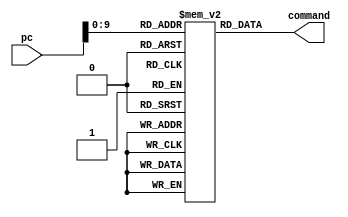

// memory[7] = 32'b000100,00000,00010,00110,00000100010;  // sample
module memoryInstructor (input [31:0]pc,output [31:0]command);
  reg[31:0] memory[0:1023];
  initial begin
		// without any hazard 
		// memory[0] = 32'b10001100000000010000000000000000;  // ld R0 R1 0
		// memory[4] = 32'b10001100000000100000000000000001; // ld R0 R2 1
		// memory[8] = 32'b10001100000000110000000000000010;  // ld R0 R3 2
		// memory[12] = 32'b10001100001001000000000000000010;  // ld R1 R4 2
		// memory[16] = 32'b00000000001000100010100000100000;  // Add R1 R2 R5
		// memory[20] = 32'b00000000011000100011000000100010;  // sub R3 R2 R6
		// memory[24] = 32'b00000000001000100011100000101010;  // slt R1 R2 R7
		// // memory[7] = 32'b00010000000000100011000000100010;  // beg R0 R2 ??		should not jump
		// memory[32] = 32'b00010100000000100000000000000010;  // bne R0 R2 36 			 has to jump
		// memory[28] = 32'b00010000000000100000000000000010;  // bne R0 R2 36 			 should not  jump
		// memory[44] = 32'b11111100000000100011000000100010;  // nop
		// memory[48] = 32'b10101100000001110000000000010010;  // sw R0 R5 17

		// // just forwarding unit 
		// memory[52] = 32'b00000000001000110001000000100010;  // sub R1 R3 R2 ==-15
		// memory[56] = 32'b00000000010001010110000000100100;  // and R2 R5 R12 == -1
		// memory[60] = 32'b00000000110000100110100000100101;  // or R6 R2 R13 == -11
		// memory[64] = 32'b00000000010000100111000000100000;  // add R2 R2 R14 == -30
		// memory[68] = 32'b10101100010011110000000000011000;  // sw R2 R15 24  == mem[9] = R15

		// // hazard unit
		// memory[72] = 32'b10001100001000100000000000010000;  // lw R1 R2 16 == R2 = mem[26] = 59
		// memory[76] = 32'b00000000010001011000000000100000;  // add R2 R5 R16 = 74
		// memory[80] = 32'b00000001100000101000100000100101;  // or R12 R2 R17 = 58

		//***********************************************************************************************************
		//finding maximum number in an array
		// memory[0] = 32'b10001100000000100000001111100111; // load size of array from memory[999]
		// memory[4] = 32'b00000000000000000001100000100000; // set R3 to zero , R3 counts array
		// memory[8] = 32'b00000000000000000010000000100000; // set R4 to zero , R4 holds maximum number 
		// memory[12] = 32'b11111100000000000000000000000000; // nop
		// memory[16] = 32'b00010000010000110000000000001000; // beq if R3 == R2 to end of commands
		// memory[20] = 32'b10001100011001100000001111101000; // load array[R3 + 1000] in R6
		// memory[24] = 32'b00000000100001100010100000101010; // set R5 to 1 if R4 < R6
		// memory[28] = 32'b11111100000000000000000000000000; // nop
		// memory[32] = 32'b11111100000000000000000000000000; // nop
		// memory[36] = 32'b00010000000001010000000000000001; // beq if R5 == R0 to memory[11] 
		// memory[40] = 32'b00000000000001100010000000100000; // assign R6 to R4
		// memory[44] = 32'b00000000011000010001100000100000; // add R3 = R3 + 1
		// memory[48] = 32'b00001000000000000000000000000011; // jump to memory[3]
		// memory[52] = 32'b10101100010001000000000000000001;  // sample 
		//***************************************************************************

		memory[0] = 32'b10001100000000010000000000000000;//
		memory[4] = 32'b10001100000000100000000000000100;
		memory[8] = 32'b10001100000010000000000000001000;
		memory[12] = 32'b00000000000000010000000000100000;
		memory[16] = 32'b00000000001000100001100000101010;  // sample
		memory[20] = 32'b00000000001000100010000000100101;
		memory[24] = 32'b00000000001000100010100000100100;
		memory[28] = 32'b00000000010000010011000000100010;
		memory[32] = 32'b00000000000000010011100000100000;
		memory[36] = 32'b00000000001000100000100000100000;
		memory[40] = 32'b00000000101001110010100000100000;
		memory[44] = 32'b00000000001001110000100000100000;
		memory[48] = 32'b00000000001001110000100000100000;
		memory[52] = 32'b00010001000001011111111111111011;
		memory[56] = 32'b10101100000000010000000000001100;
		memory[60] = 32'b00001011111111111111111111111111;










    // memory[0] = 16'b0000010111110100;
		//  memory[1] = 16'b0000100111110101;
		//  memory[2] = 16'b1000011000000010;
		//  memory[3] = 16'b0000100111110110;
		//  memory[4] = 16'b1000011000000010;
		//  memory[5] = 16'b0000100111110111;
		//  memory[6] = 16'b1000011000000010;
		//  memory[7] = 16'b0000100111111000;
		//  memory[8] = 16'b1000011000000010;
		//  memory[9] = 16'b0000100111111001;
		//  memory[10] = 16'b1000011000000010;
		//  memory[11] = 16'b0000100111111010;
		//  memory[12] = 16'b1000011000000010;
		//  memory[13] = 16'b0000100111111011;
		//  memory[14] = 16'b1000011000000010;
		//  memory[15] = 16'b0000100111111100;
		//  memory[16] = 16'b1000011000000010;
		//  memory[17] = 16'b0000100111111101;
		//  memory[18] = 16'b1000011000000010;
  end

	assign 	command =memory[pc];
endmodule